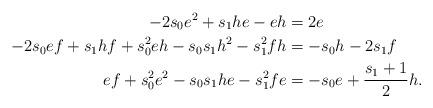
LaTeX: \begin{align*}-2s_0 e^2+s_1he-eh & = 2e\\-2s_0ef+s_1hf+s_0^2eh-s_0s_1h^2-s_1^2fh & = -s_0 h-2s_1 f\\ef+s_0^2e^2-s_0s_1he-s_1^2fe &= -s_0 e + \frac{s_1+1}{2} h.\end{align*}